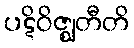
ပဋိဝိဇ္ဈတီတိ